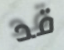
قد